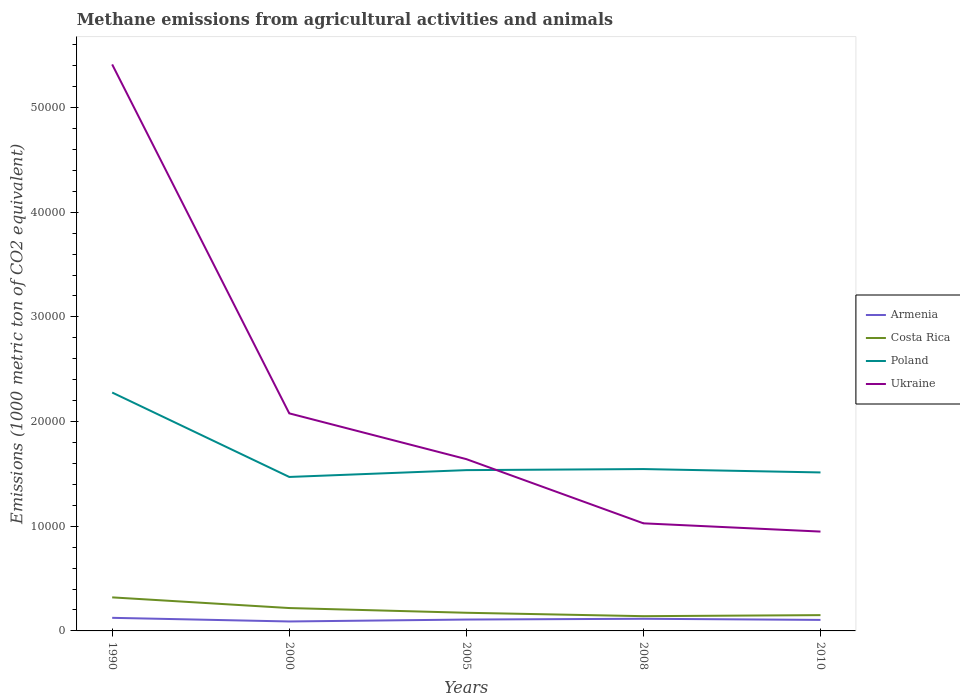
| Years | Armenia | Costa Rica | Poland | Ukraine |
 | --- | --- | --- | --- | --- |
 | 1990 | 1.25e+03 | 3.2e+03 | 2.28e+04 | 5.41e+04 |
 | 2000 | 903 | 2.18e+03 | 1.47e+04 | 2.08e+04 |
 | 2005 | 1.09e+03 | 1.74e+03 | 1.54e+04 | 1.64e+04 |
 | 2008 | 1.16e+03 | 1.41e+03 | 1.55e+04 | 1.03e+04 |
 | 2010 | 1.05e+03 | 1.51e+03 | 1.51e+04 | 9.49e+03 |